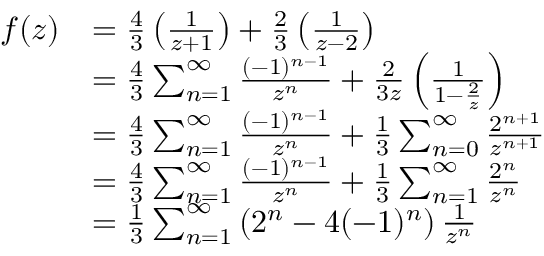
\begin{array} { r l } { f ( z ) } & { = \frac { 4 } { 3 } \left( \frac { 1 } { z + 1 } \right) + \frac { 2 } { 3 } \left( \frac { 1 } { z - 2 } \right) } \\ & { = \frac { 4 } { 3 } \sum _ { n = 1 } ^ { \infty } \frac { ( - 1 ) ^ { n - 1 } } { z ^ { n } } + \frac { 2 } { 3 z } \left( \frac { 1 } { 1 - \frac { 2 } { z } } \right) } \\ & { = \frac { 4 } { 3 } \sum _ { n = 1 } ^ { \infty } \frac { ( - 1 ) ^ { n - 1 } } { z ^ { n } } + \frac { 1 } { 3 } \sum _ { n = 0 } ^ { \infty } \frac { 2 ^ { n + 1 } } { z ^ { n + 1 } } } \\ & { = \frac { 4 } { 3 } \sum _ { n = 1 } ^ { \infty } \frac { ( - 1 ) ^ { n - 1 } } { z ^ { n } } + \frac { 1 } { 3 } \sum _ { n = 1 } ^ { \infty } \frac { 2 ^ { n } } { z ^ { n } } } \\ & { = \frac { 1 } { 3 } \sum _ { n = 1 } ^ { \infty } \left( 2 ^ { n } - 4 ( - 1 ) ^ { n } \right) \frac { 1 } { z ^ { n } } } \end{array}